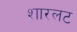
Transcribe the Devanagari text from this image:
शारलट